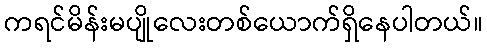
ကရင်မိန်းမပျိုလေးတစ်ယောက်ရှိနေပါတယ်။